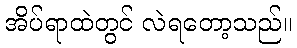
အိပ်ရာထဲတွင် လဲရတော့သည်။